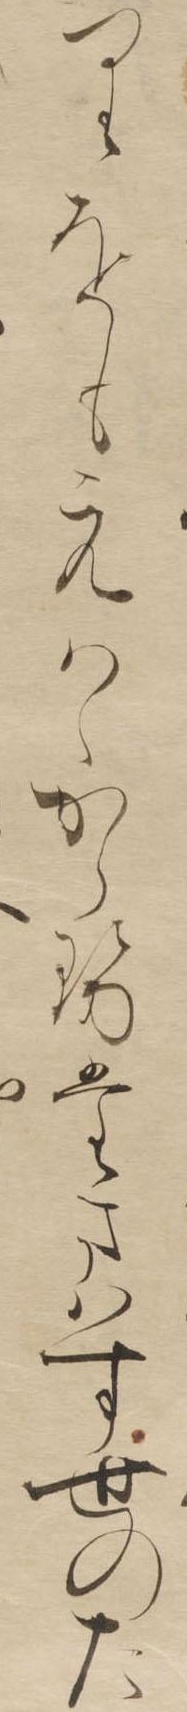
りをもえはゝからせたまはす世のた